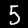
Digit: 5